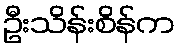
ဦးသိန်းစိန်က